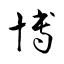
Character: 博